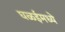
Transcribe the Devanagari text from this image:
घळईमध्ये